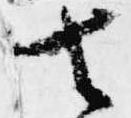
去